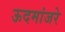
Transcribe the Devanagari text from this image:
ऊदमांजरे